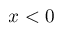
x < 0